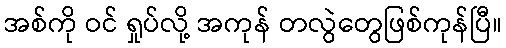
အစ်ကို ဝင် ရှုပ်လို့ အကုန် တလွဲတွေဖြစ်ကုန်ပြီ။